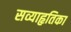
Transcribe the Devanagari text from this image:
सव्याहृतिका